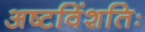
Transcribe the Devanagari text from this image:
अष्टविंशतिः